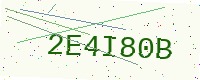
Text: 2E4I80B